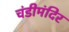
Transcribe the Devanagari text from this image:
चंडीमंदिर